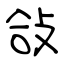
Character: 敆